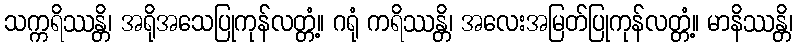
သက္ကရိဿန္တိ၊ အရိုအသေပြုကုန်လတ္တံ့။ ဂရုံ ကရိဿန္တိ၊ အလေးအမြတ်ပြုကုန်လတ္တံ့။ မာနိဿန္တိ၊